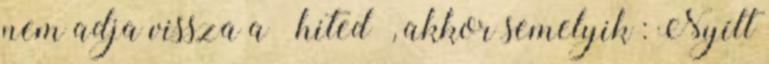
nem adja vissza a “hited”, akkor semelyik : Nyílt